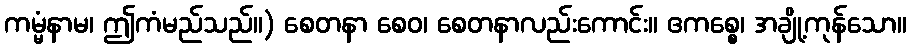
ကမ္မံနာမ၊ ဤကံမည်သည်။) စေတနာ စေဝ၊ စေတနာလည်းကောင်း။ ဧကစ္စေ၊ အချို့ကုန်သော။